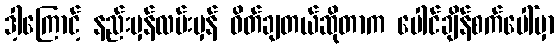
ဒါ့ကြောင့် နည်းမှန်လမ်းမှန် ဝိတ်ချတယ်ဆိုတာက ပေါင်ချိန်စက်ပေါ်မှာ